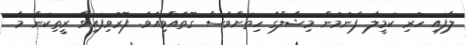
ލާފައި ހުރި ކަމީލާ ފެނުމުން މިޝާލްގެ ހިތަށްވެސް ގޮތެއްވިއެވެ. ފޮރުވިފައިވާ ރީތިކަން މާ